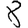
Digit: 8